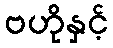
ဗဟိုနှင့်